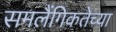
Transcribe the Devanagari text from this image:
समलैंगिकतेच्या